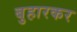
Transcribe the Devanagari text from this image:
बुहारकर